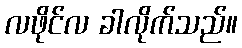
လဖိုင်လ ခါလိုက်သည်။